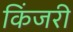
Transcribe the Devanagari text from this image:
किंजरी